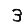
Digit: 3